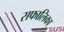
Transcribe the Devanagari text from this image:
सफालिका